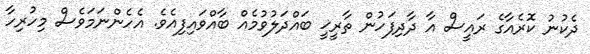
ދެކުނު ކޮރެއާގެ ރައީސް އާ ދާދިފަހުން ތާރީޚީ ބައްދަލުވުމެއް ބާއްވައިފިއެވެ. އެހެންނަމަވެސް މިހުރިހާ